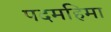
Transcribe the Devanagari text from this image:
पदमहिमा